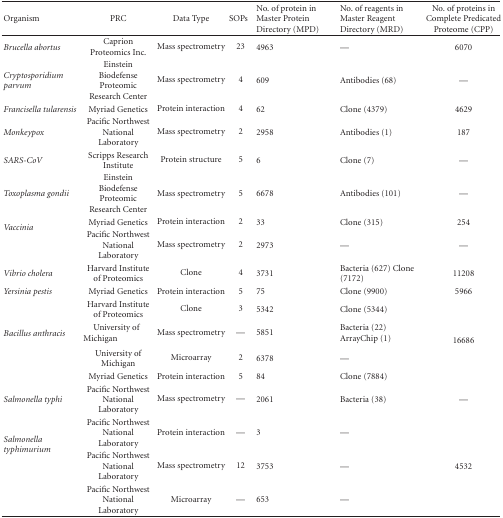
<table><thead><tr><td><b>Organism</b></td><td><b>PRC</b></td><td><b>Data Type</b></td><td><b>SOPs</b></td><td><b>No. of protein in Master Protein Directory (MPD)</b></td><td><b>No. of reagents in Master Reagent Directory (MRD)</b></td><td><b>No. of proteins in Complete Predicated Proteome (CPP)</b></td></tr></thead><tbody><tr><td><i>Brucella abortus</i></td><td>Caprion Proteomics Inc.</td><td>Mass spectrometry</td><td>23</td><td>4963</td><td>—</td><td>6070</td></tr><tr><td><i>Cryptosporidium parvum</i></td><td>Einstein Biodefense Proteomic Research Center</td><td>Mass spectrometry</td><td>4</td><td>609</td><td>Antibodies (68)</td><td>—</td></tr><tr><td><i>Francisella tularensis</i></td><td>Myriad Genetics</td><td>Protein interaction</td><td>4</td><td>62</td><td>Clone (4379)</td><td>4629</td></tr><tr><td><i>Monkeypox</i></td><td>Pacific Northwest National Laboratory</td><td>Mass spectrometry</td><td>2</td><td>2958</td><td>Antibodies (1)</td><td>187</td></tr><tr><td><i>SARS-CoV</i></td><td>Scripps Research Institute</td><td>Protein structure</td><td>5</td><td>6</td><td>Clone (7)</td><td>—</td></tr><tr><td><i>Toxoplasma gondii</i></td><td>Einstein Biodefense Proteomic Research Center</td><td>Mass spectrometry</td><td>5</td><td>6678</td><td>Antibodies (101)</td><td>—</td></tr><tr><td rowspan="2"><i>Vaccinia</i></td><td>Myriad Genetics</td><td>Protein interaction</td><td>2</td><td>33</td><td>Clone (315)</td><td>254</td></tr><tr><td>Pacific Northwest National Laboratory</td><td>Mass spectrometry</td><td>2</td><td>2973</td><td>—</td><td>—</td></tr><tr><td><i>Vibrio cholera</i></td><td>Harvard Institute of Proteomics</td><td>Clone</td><td>4</td><td>3731</td><td>Bacteria (627) Clone (7172)</td><td>11208</td></tr><tr><td><i>Yersinia pestis</i></td><td>Myriad Genetics</td><td>Protein interaction</td><td>5</td><td>75</td><td>Clone (9900)</td><td>5966</td></tr><tr><td rowspan="5"><i>Bacillus anthracis</i></td><td>Harvard Institute of Proteomics</td><td>Clone</td><td>3</td><td>5342</td><td>Clone (5344)</td><td></td></tr><tr><td rowspan="2">University of Michigan</td><td rowspan="2">Mass spectrometry</td><td rowspan="2">—</td><td rowspan="2">5851</td><td rowspan="2">Bacteria (22) ArrayChip (1)</td><td></td></tr><tr><td>16686</td></tr><tr><td>University of Michigan</td><td>Microarray</td><td>2</td><td>6378</td><td>—</td><td></td></tr><tr><td>Myriad Genetics</td><td>Protein interaction</td><td>5</td><td>84</td><td>Clone (7884)</td><td></td></tr><tr><td><i>Salmonella typhi</i></td><td>Pacific Northwest National Laboratory</td><td>Mass spectrometry</td><td>—</td><td>2061</td><td>Bacteria (38)</td><td>—</td></tr><tr><td rowspan="3"><i>Salmonella typhimurium</i></td><td>Pacific Northwest National Laboratory</td><td>Protein interaction</td><td>—</td><td>3</td><td>—</td><td></td></tr><tr><td>Pacific Northwest National Laboratory</td><td>Mass spectrometry</td><td>12</td><td>3753</td><td>—</td><td>4532</td></tr><tr><td>Pacific Northwest National Laboratory</td><td>Microarray</td><td>—</td><td>653</td><td>—</td><td></td></tr></tbody></table>